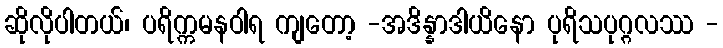
ဆိုလိုပါတယ်၊ ပရိက္ကမနဝါရ ကျတော့ -အဒိန္နာဒါယိနော ပုရိသပုဂ္ဂလဿ -